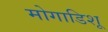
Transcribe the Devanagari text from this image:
मोगाडिशू